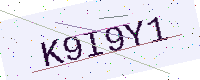
Text: K9I9Y1